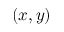
( x , y )